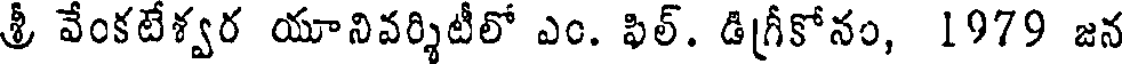
శ్రీ వేంకటేశ్వర యూనివర్శిటీలో ఎం. ఫిల్. డిగ్రీకోనం, 1979 జన